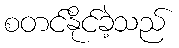
စတင်နိုင်ခဲ့သည်